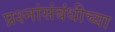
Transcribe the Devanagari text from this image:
प्रश्नांसंबंधीच्या